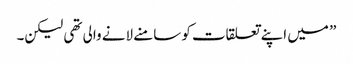
” میں اپنے تعلقات کو سامنے لانے والی تھی لیکن۔